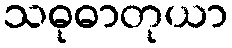
သဓုဓာတုယာ